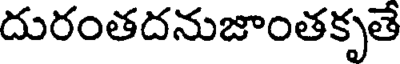
దురంతదనుజాంతకృతే